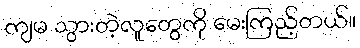
ကျမ သွားတဲ့လူတွေကို မေးကြည့်တယ်။